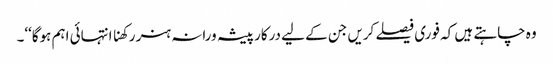
وہ چاہتے ہیں کہ فوری فیصلے کریں جن کے لیے درکار پیشہ ورانہ ہنر رکھنا انتہائی اہم ہوگا‘‘۔